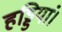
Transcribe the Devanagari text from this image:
हड्डियां।